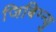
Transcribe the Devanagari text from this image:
जिबिग्न्यु